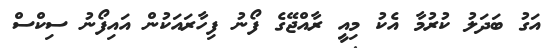
އަގު ބަދަލު ކުރުމާ އެކު މިއީ ރާއްޖޭގެ ފޯނު ފިހާރައަކުން އައިފޯނު ސިކްސް